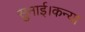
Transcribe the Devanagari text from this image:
सुनाई।कन्या